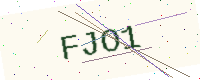
Text: FJO1